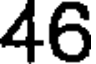
46